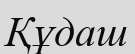
Құдаш